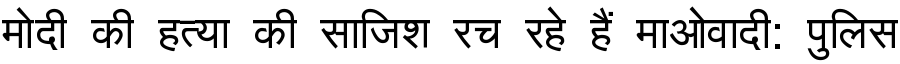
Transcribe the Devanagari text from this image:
मोदी की हत्या की साजिश रच रहे हैं माओवादी: पुलिस